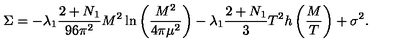
\Sigma = - \lambda _ { 1 } \frac { 2 + N _ { 1 } } { 9 6 \pi ^ { 2 } } M ^ { 2 } \ln \left( \frac { M ^ { 2 } } { 4 \pi \mu ^ { 2 } } \right) - \lambda _ { 1 } \frac { 2 + N _ { 1 } } { 3 } T ^ { 2 } h \left( \frac { M } { T } \right) + \sigma ^ { 2 } .